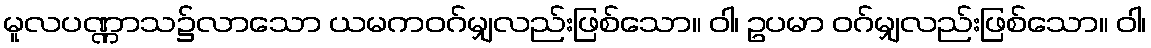
မူလပဏ္ဏာသ၌လာသော ယမကဝဂ်မျှလည်းဖြစ်သော။ ဝါ၊ ဥပမာ ဝဂ်မျှလည်းဖြစ်သော။ ဝါ၊